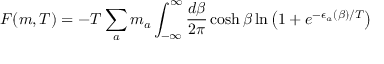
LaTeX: F ( m , T ) = - T \sum _ { a } m _ { a } \int _ { - \infty } ^ { \infty } \frac { d \beta } { 2 \pi } \cosh \beta \ln \left( 1 + e ^ { - \epsilon _ { a } ( \beta ) / T } \right)